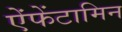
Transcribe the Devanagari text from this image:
ऐंफेंटामिन